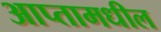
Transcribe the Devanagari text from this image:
आप्तामधील